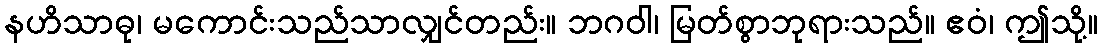
နဟိသာဓု၊ မကောင်းသည်သာလျှင်တည်း။ ဘဂဝါ၊ မြတ်စွာဘုရားသည်။ ဧဝံ၊ ဤသို့။